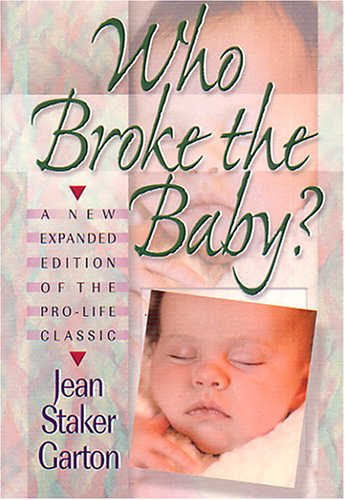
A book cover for Who Broke the Baby? What the Abortion Slogans Really Mean; Jean Staker Garton; Politics & Social Sciences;